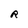
Character: R